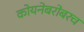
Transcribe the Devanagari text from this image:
कोयनेबरोबरच